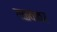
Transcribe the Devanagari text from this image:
गळवावर